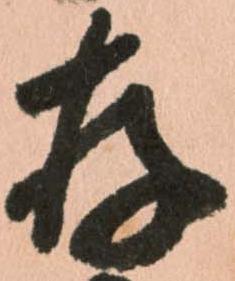
存